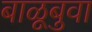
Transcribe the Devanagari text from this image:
बाळूबुवा